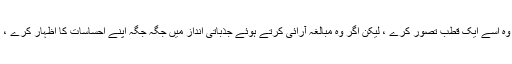
مثلاً جس شخص کو کسی کے ہاتھ پر ایمان کے حقائق سے آگاہی حاصل ہوئی، ہو سکتا ہے وہ اسے ایک قطب تصور کرے ، لیکن اگر وہ مبالغہ آرائی کرتے ہوئے جذباتی انداز میں جگہ جگہ اپنے احساسات کا اظہار کرے ، تو وہ اس مثالی سوچ سے خیانت کا مرتکب ہو گا ، جس کو وہ شخص حاصل کرنا چاہتا تھا۔